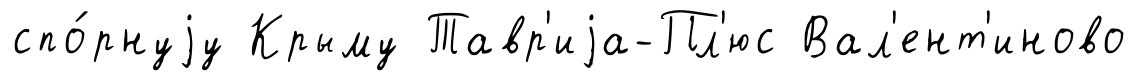
спо́рнуjу Крыму Тавр'иjа-Пл'юс Вал'ент'иново